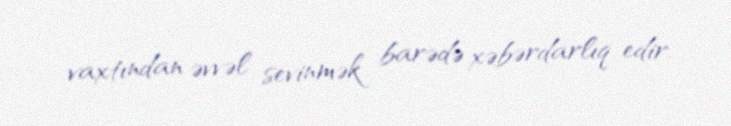
vaxtından əvvəl sevinmək barədə xəbərdarlıq edir.